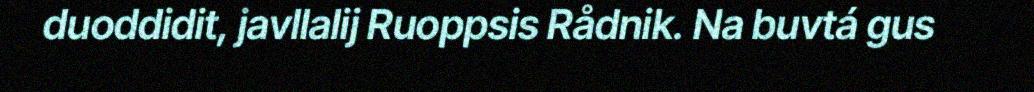
duoddidit, javllalij Ruoppsis Rådnik. Na buvtá gus